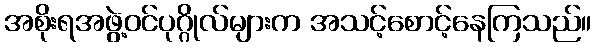
အစိုးရအဖွဲ့ဝင်ပုဂ္ဂိုလ်များက အသင့်စောင့်နေကြသည်။